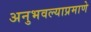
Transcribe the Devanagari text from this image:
अनुभवल्याप्रमाणे